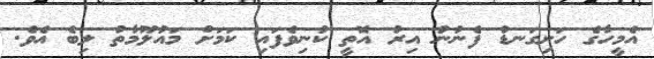
އެމީހާގެ ހަށިގަނޑު ފެނުނު އިރު އޮތީ ކުނިވެފައި ކަމަށް މައުލޫމާތު ލިބެ އެވެ.